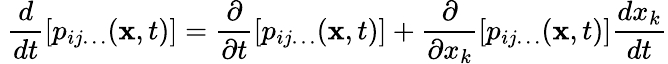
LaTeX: \ {\frac{d}{dt}}[p_{ij\ldots}(\mathbf{x},t)]={\frac{\partial}{\partial t}}[p_{ij\ldots}(\mathbf{x},t)]+{\frac{\partial}{\partial x_{k}}}[p_{ij\ldots}(\mathbf{x},t)]{\frac{dx_{k}}{dt}}